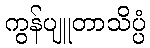
ကွန်ပျူတာသိပ္ပံ